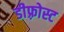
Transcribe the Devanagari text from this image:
डीफ़्रोस्ट